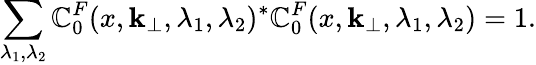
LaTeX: \sum_{\lambda_{1},\lambda_{2}}\mathbb{C}_{0}^{F}(x,{\mathbf{k}}_{\perp},\lambda_{1},\lambda_{2})^{\ast}\mathbb{C}_{0}^{F}(x,{\mathbf{k}}_{\perp},\lambda_{1},\lambda_{2})=1.